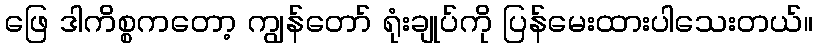
ဖြေ ဒါကိစ္စကတော့ ကျွန်တော် ရုံးချုပ်ကို ပြန်မေးထားပါသေးတယ်။